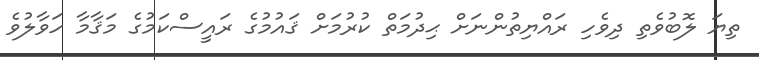
ތިޔަ ލޮބުވެތި ދިވެހި ރައްޔިތުންނަށް ޙިދުމަތް ކުރުމަށް ޤައުމުގެ ރައީސްކަމުގެ މަޤާމާ ހަވާލުވެ